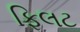
ફિલટ